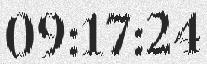
09:17:24